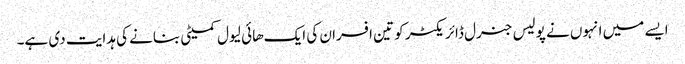
ایسے میں انہوں نے پولیس جنرل ڈائریکٹر کو تین افسران کی ایک هائی لیول کمیٹی بنانے کی ہدایت دی ہے۔